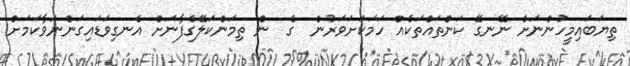
ތިޔަބައިމީހުންނަށް ނޭނގޭ ކަންތައްތަކެއް ހަމަކަށަވަރުން  ގެ  ން ތިމަންކަލޭގެފާނަށް އެނގިވަޑައިގަންނަވާކަމަށް